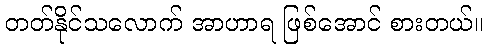
တတ်နိုင်သလောက် အာဟာရ ဖြစ်အောင် စားတယ်။